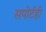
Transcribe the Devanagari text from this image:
सपोर्टही